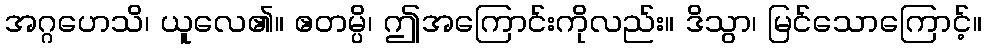
အဂ္ဂဟေသိ၊ ယူလေ၏။ ဧတမ္ပိ၊ ဤအကြောင်းကိုလည်း။ ဒိသွာ၊ မြင်သောကြောင့်။